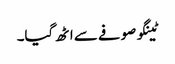
ٹینگو صوفے سے اٹھ گیا۔